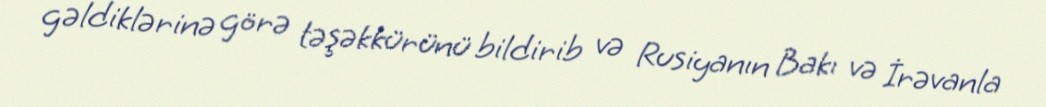
gəldiklərinə görə təşəkkürünü bildirib və Rusiyanın Bakı və İrəvanla